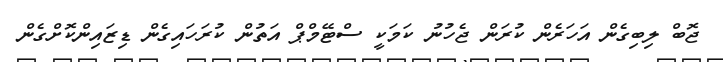
ޖޮބް ލިބިގެން އަހަރެން ކުރަން ޖެހުނު ކަމަކީ ސްޓޭމްޕް އަތުން ކުރަހައިގެން ޑިޒައިންކޮށްގެން